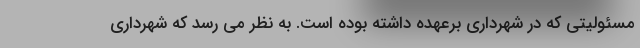
مسئولیتی که در شهرداری برعهده داشته بوده است. به نظر می رسد که شهرداری